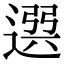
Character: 𨕖